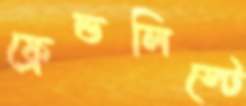
ফ্রেন্ডলিস্টে